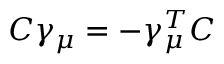
C \gamma _ { \mu } = - \gamma _ { \mu } ^ { T } C